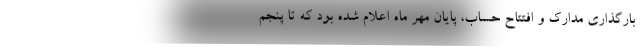
بارگذاری مدارک و افتتاح حساب، پایان مهر ماه اعلام شده بود که تا پنجم